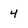
Character: 4